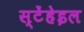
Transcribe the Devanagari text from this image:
स्टेंहेइल